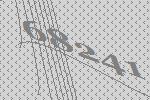
68241